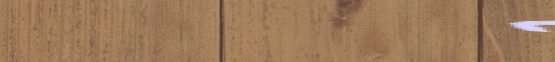
أروع التصاميم والألوان لل